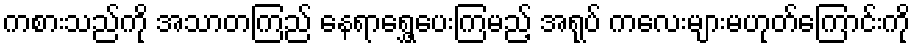
ကစားသည်ကို အသာတကြည် နေရာရွှေ့ပေးကြမည့် အရုပ် ကလေးများမဟုတ်ကြောင်းကို